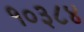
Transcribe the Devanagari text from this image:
१०३८४